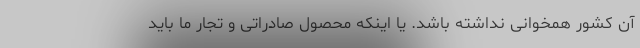
آن کشور همخوانی نداشته باشد. یا اینکه محصول صادراتی و تجار ما باید